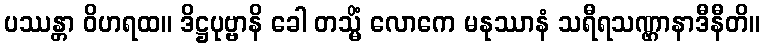
ပဿန္တာ ဝိဟရထ။ ဒိဋ္ဌပုဗ္ဗာနိ ခေါ တသ္မိံ လောကေ မနုဿာနံ သရီရသဏ္ဌာနာဒီနီတိ။